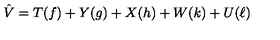
\hat { V } = T ( f ) + Y ( g ) + X ( h ) + W ( k ) + U ( \ell )